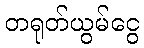
တရုတ်ယွမ်ငွေ